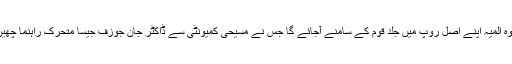
اور وہ المیہ اپنے اصل روپ میں جلد قوم کے سامنے آجائے گا جس نے مسیحی کمیونٹی سے ڈاکٹر جان جوزف جیسا متحرک راہنما چھین لیا۔